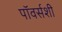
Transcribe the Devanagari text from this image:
पॉवर्सशी